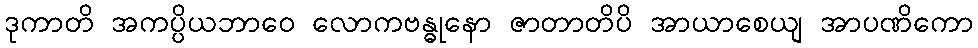
ဒုကာတိ အကပ္ပိယဘာဝေ လောကဗန္ဓုနော ဇာတာတိပိ အာယာစေယျ အာပဏိကော